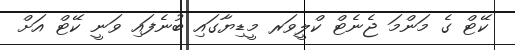
ކޭޓް ގެ މަންމަ ޖެނެޓް ކްލީވަރ މީޑިޔާގައި ބުނެފައި ވަނީ ކޭޓް އަށް